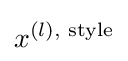
x^{(l),{\text{ style}}}